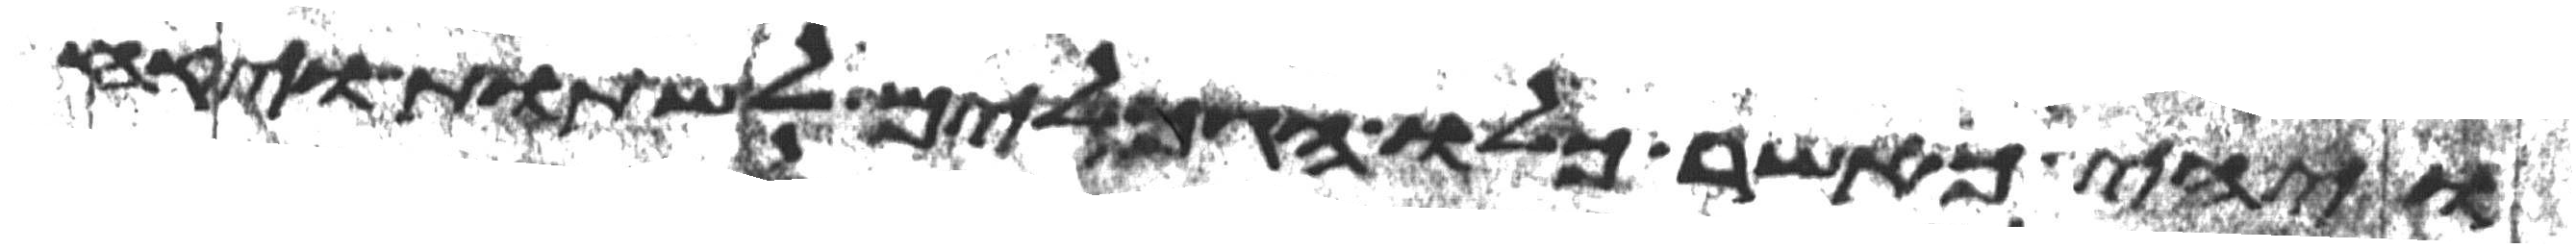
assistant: ויהי כאשר כלו הגמלים לשתות ויקח